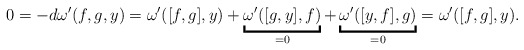
\begin{align*}0 = -d\omega'(f,g,y) = \omega'([f,g],y) + \underbracket{\omega'([g,y],f)}_{=0} + \underbracket{\omega'([y,f],g)}_{=0} = \omega'([f,g],y).\end{align*}